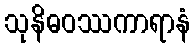
သုနိဓဝဿကာရာနံ